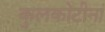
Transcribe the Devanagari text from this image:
कुलकोटीनां